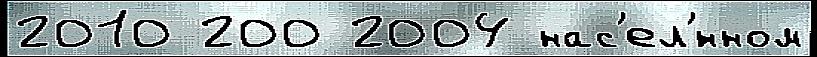
2010 200 2004 нас'ел'́нном